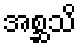
အစ္ဆသိ